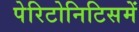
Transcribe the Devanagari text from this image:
पेरिटोनिटिसमें